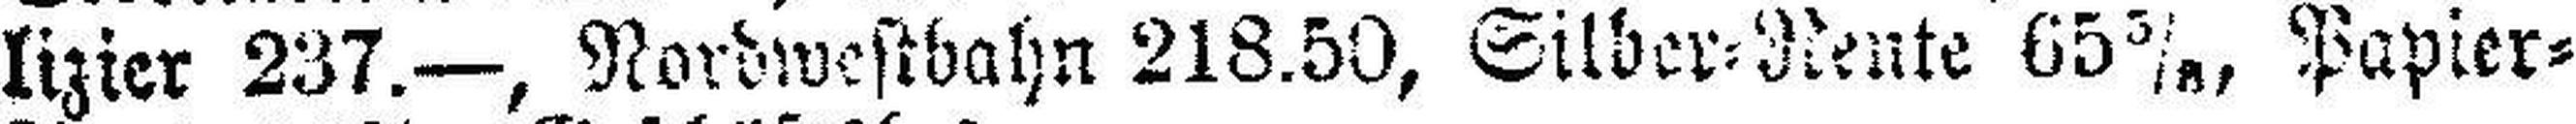
lizier 237.—, Nordwestbahn 218.50, Silber=Rente 65 5/8, Papier=